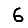
Digit: 6